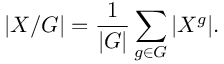
| X / G | = { \frac { 1 } { | G | } } \sum _ { g \in G } | X ^ { g } | .